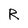
Character: R